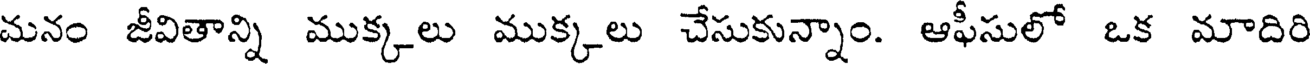
మనం జీవితాన్ని ముక్కలు ముక్కలు చేసుకున్నాం. ఆఫీసులో ఒక మాదిరి